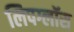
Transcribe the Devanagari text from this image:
लिपग्लॉस